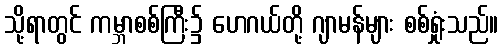
သို့ရာတွင် ကမ္ဘာစစ်ကြီး၌ ဟေဂယ်တို့ ဂျာမန်များ စစ်ရှုံးသည်။